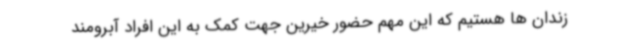
زندان ها هستیم که این مهم حضور خیرین جهت کمک به این افراد آبرومند